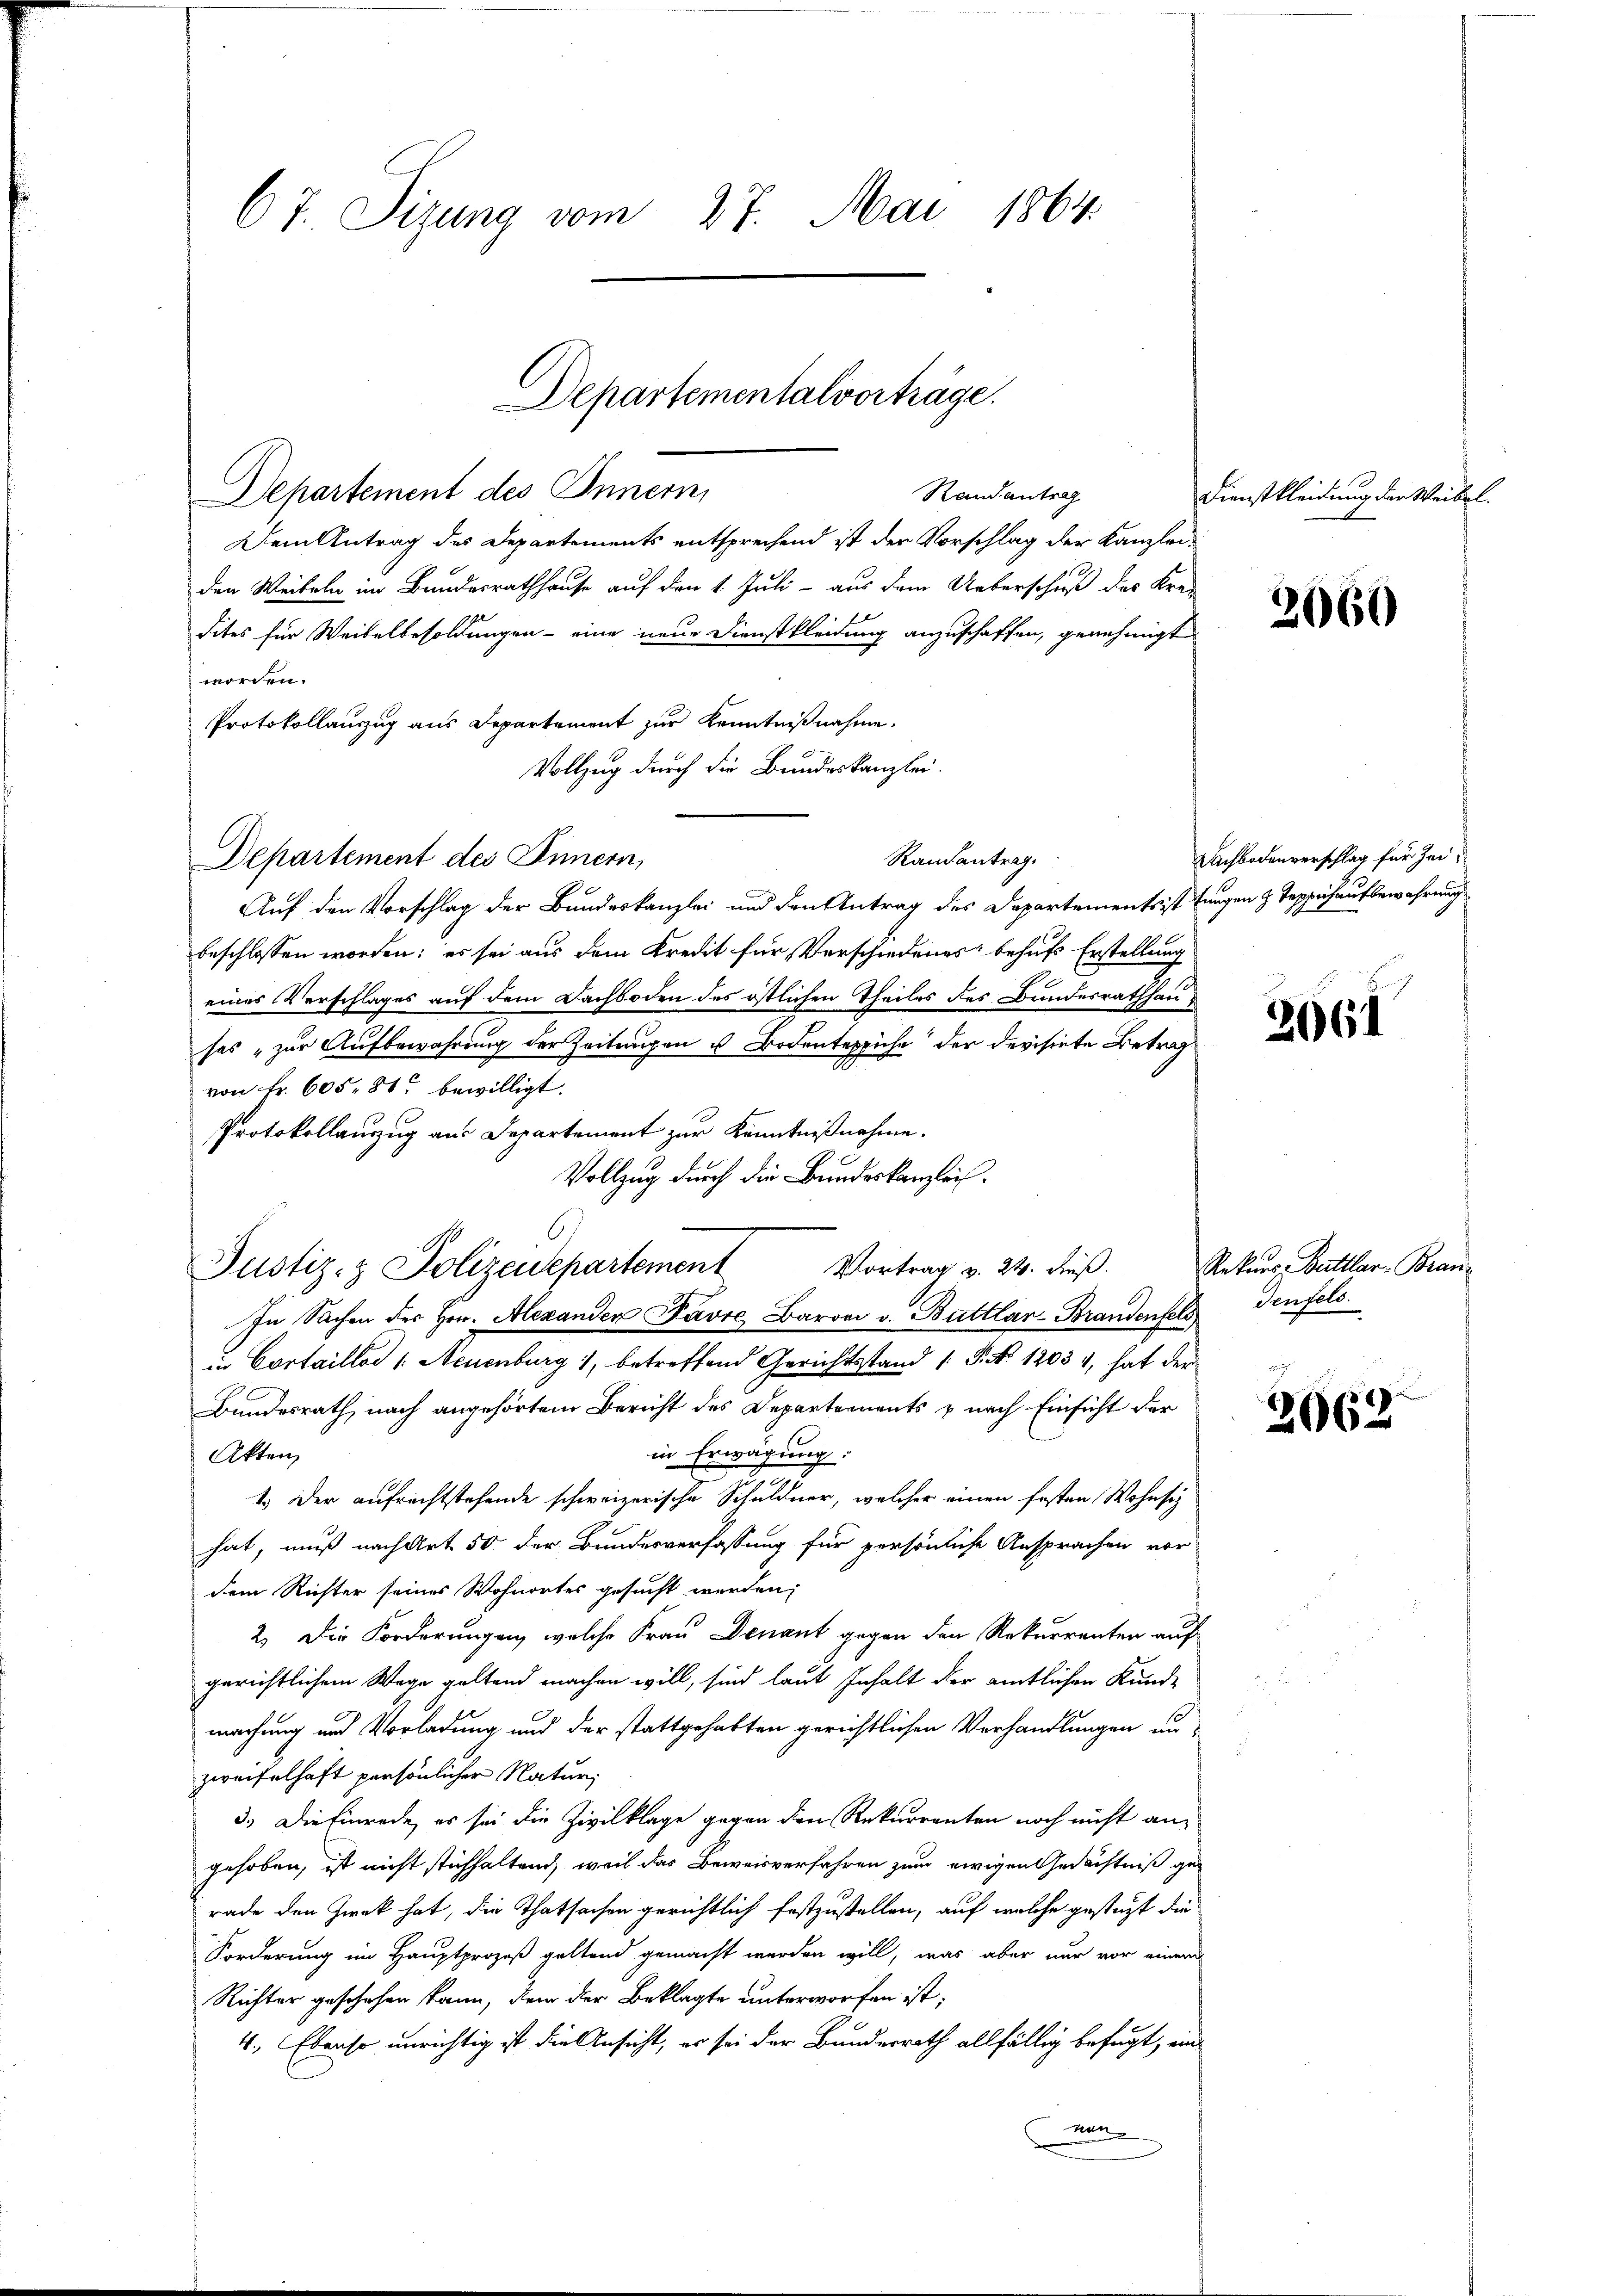
67. Sizung vom 27. Mai 1864

Departementalvorträge.

Departement des Innern,
Rand antrag
Dem Antrag des Departements entsprechend ist der Vorschlag der Kanzleiden Weibeln im Bundesrathhause auf den 1. Juli - aus dem Ueberschuß des Krei
dites für Weibelbesoldungen - eine neue Dienstkleidung anzuschaffen, genehmigt
worden.
Protokollauszug aus Departement zur Kenntnißnahme.
Vollzug durch die Bundeskanzlei.
Randantrag.
Departement des Innern,
Auf den Vorschlag der Bundeskanzlei und den Antrag des Dapartements ist fungen & Teppichaufbewahrung
beschlossen worden; es sei aus dem Kredit für Verschiedenes behufs Erstellung
eines Verschlages auf dem Dachboden des östlichen Theiles des Bundesrathhau
sas „zur Aufbewahrung der Zeitungen u Bodenteppiche der devisirte Betrag
von Fr. 605. 81. bewilligt.
Protokollauszug aus Departement zur Kenntnißnahme.
Vollzug durch die Bundeskanzlei¬
Justiz- & Polizeisepartement Vortrag v. 24. dieß.
In Sachen der her. Alexander Favre Baron v. Buttlar-Brandenfels Genfels
in Cortaillos 1. Neuenburg, betreffend Gerichtsstand (S. No 12031, hat der
Bundesrath, nach angehörtem Bericht des Departements & nach Einsicht der
in Erwägung.
Akten
1.) Der aufrechtstehende schweizerische Schuldner, welcher einen festen Wohnsitz
hat, muß nach Art 50 der Bundesverfassung für persönliche Ansprachen vor
dem Richter seines Wohnortes gesucht werden,
2.) Die Forderungen, welche Frau Denant gegen den Rekurrenten auf
gerichtlichem Wege geltend machen will, sind laut Inhalt der amtlichen Kunde
machung und Vorladung und der stattgehabten gerichtlichen Verhandlungen unzweifelhaft persönlicher Natur,
3.) Die Einrede, es sei die Zivilklage gegen den Rekurrenten noch nicht angehoben, ist nicht stichhaltend, weil das Beweisverfahren zum ewigen Gedächtniß gerade den Zweck hat, die Thatsachen gerichtlich festzustellen, auf welche gestatt die
Forderung im Hauptprozeß geltend gemacht werden will, was aber nur vor einem
Richter geschehen kann, dem der Beklagte unterworfen ist;
4. Ebenso unrichtig ist die Ansicht, er sei der Bundesrath allfällig befugt, un
nann

Dienstkleidung der Weibel.

2660

Nachbodenverschlag für Zei¬

2661

Rekurs Buttlar-Bran¬

2062